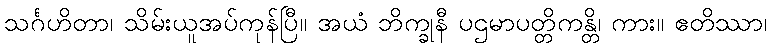
သင်္ဂဟိတာ၊ သိမ်းယူအပ်ကုန်ပြီ။ အယံ ဘိက္ခုနီ ပဌမာပတ္တိကန္တိ၊ ကား။ ဧတိဿာ၊